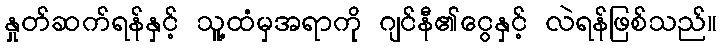
နှုတ်ဆက်ရန်နှင့် သူ့ထံမှအရာကို ဂျင်နီ၏ငွေနှင့် လဲရန်ဖြစ်သည်။